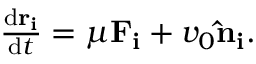
\begin{array} { r } { \frac { \mathrm { d } \mathbf { r _ { i } } } { \mathrm { d } t } = \mu \mathbf { F _ { i } } + v _ { 0 } \mathbf { \hat { n } _ { i } } . } \end{array}